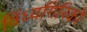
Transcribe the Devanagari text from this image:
विंध्यगिरिको